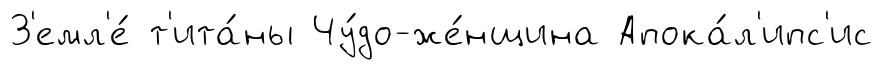
З'емл'е́ т'ита́ны Чу́до-же́нщина Апока́л'ипс'ис